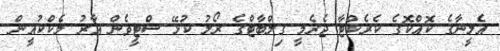
އެލީނާގެ ކޮއްކޮގެ ކެރެކްޓާ ޖެރެމީ ގިލްބާޓްގެ ރޯލު ކުޅޭ ސްޓީވެން އާރު މެކްކުއީން